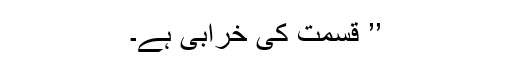
’’ قسمت کی خرابی ہے۔